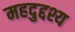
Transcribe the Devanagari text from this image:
महदुद्दश्य